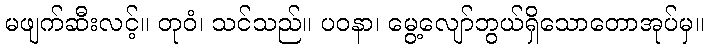
မဖျက်ဆီးလင့်။ တုဝံ၊ သင်သည်။ ပဝနာ၊ မွေ့လျော်ဘွယ်ရှိသောတောအုပ်မှ။